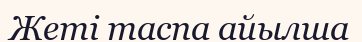
Жеті таспа айылша